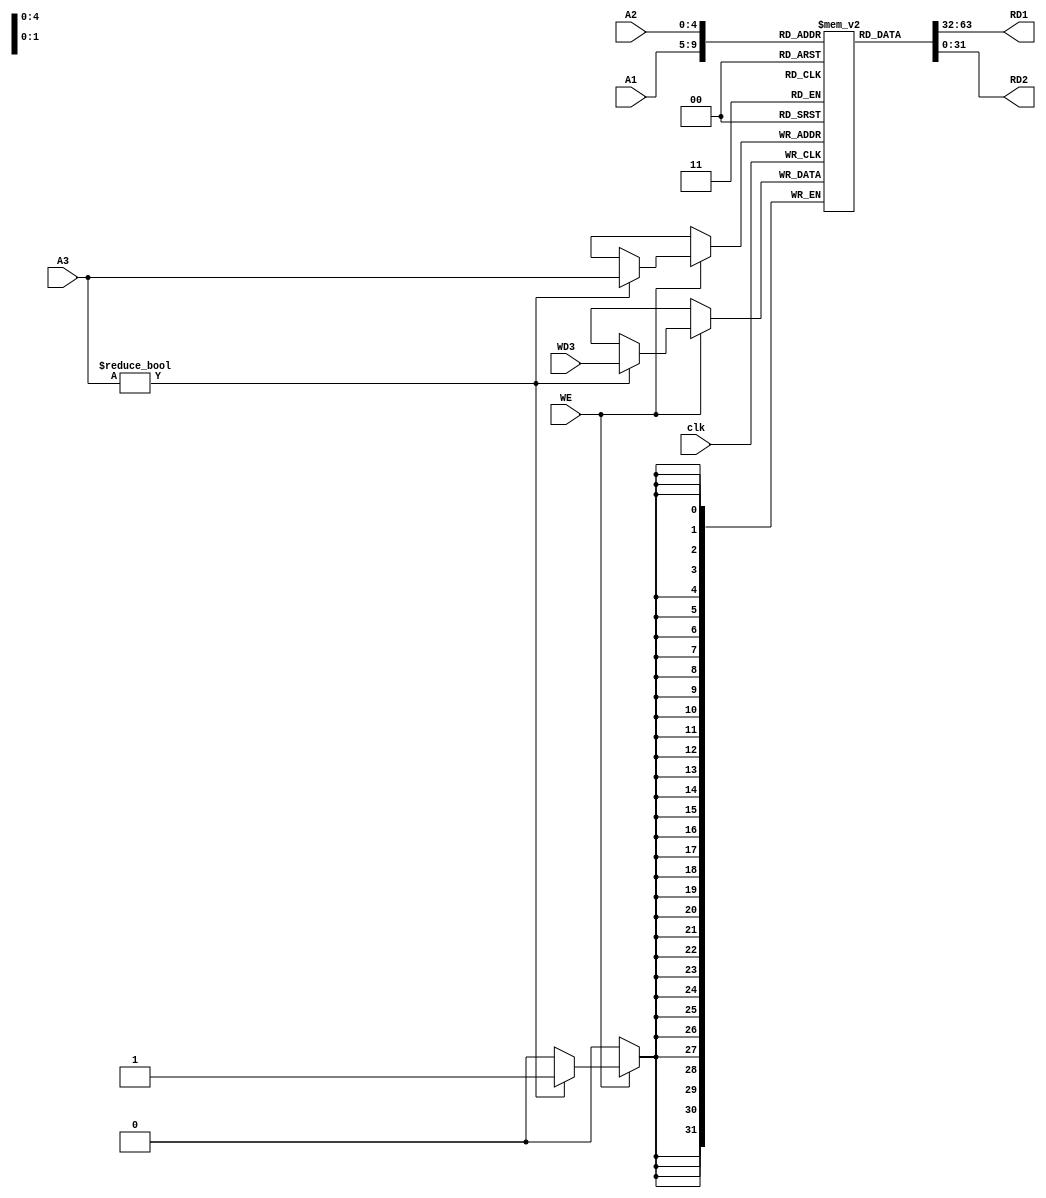
`timescale 1ns / 1ps

module rf_riscv(
  input clk,
  input WE,
  
  input [4:0] A1,
  input [4:0] A2,
  input [4:0] A3,
  
  input [31:0] WD3,
  output [31:0] RD1,
  output [31:0] RD2
);
    reg [31:0] RAM [0:31];
    initial RAM[0] = 0;
    
    assign RD1 = RAM[A1];
    assign RD2 = RAM[A2];
   
    
    always @ (posedge clk) begin
        if (WE) begin
            if (A3 != 0) begin
                RAM [A3] = WD3;
            end
        end
    end
endmodule